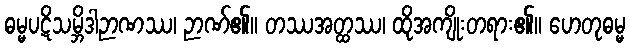
ဓမ္မပဋိသမ္ဘိဒါဉာဏဿ၊ ဉာဏ်၏။ တဿအတ္ထဿ၊ ထိုအကျိုးတရား၏။ ဟေတုဓမ္မ